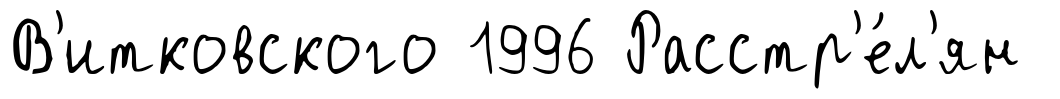
В'итковского 1996 Расстр'е́л'ян